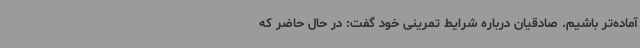
آماده‌تر باشیم. صادقیان درباره شرایط تمرینی خود گفت: در حال حاضر که